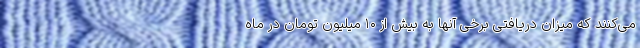
می‌کنند که میزان دریافتی برخی آنها به بیش از ۱۰ میلیون تومان در ماه